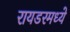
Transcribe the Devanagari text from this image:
रायडरमध्ये